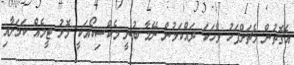
އެގޮތުން މެޗަށްފަހު ވާހަކަ ދައްކަމުން ނޭމާ ބުނީ މެކްސިކޯއަކީ މޮޅު ޓީމެއް ކަމަށާއި